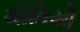
મોતિયો